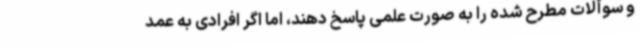
و سوألات مطرح شده را به صورت علمی پاسخ دهند، اما اگر افرادی به عمد